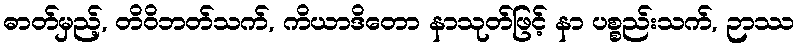
ဓာတ်မှည့်, တိဝိဘတ်သက်, ကိယာဒိတော နာသုတ်ဖြင့် နာ ပစ္စည်းသက်, ဉာဿ